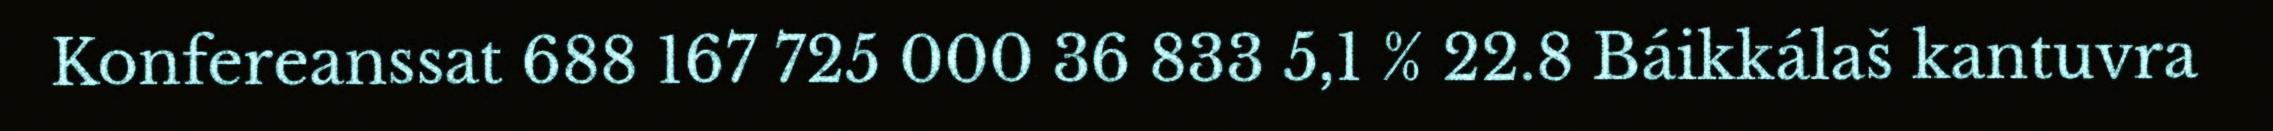
Konfereanssat 688 167 725 000 36 833 5,1 % 22.8 Báikkálaš kantuvra